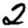
Digit: 2